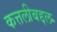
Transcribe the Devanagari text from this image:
कत्तलीबद्दल